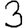
Digit: 3